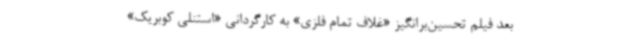
بعد فیلم تحسین‌برانگیز «غلاف تمام فلزی» به کارگردانی «استنلی کوبریک»